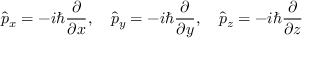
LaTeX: { \hat { p } } _ { x } = - i \hbar { \frac { \partial } { \partial x } } , \quad { \hat { p } } _ { y } = - i \hbar { \frac { \partial } { \partial y } } , \quad { \hat { p } } _ { z } = - i \hbar { \frac { \partial } { \partial z } } \,